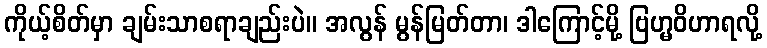
ကိုယ့်စိတ်မှာ ချမ်းသာစရာချည်းပဲ။ အလွန် မွန်မြတ်တာ၊ ဒါကြောင့်မို့ ဗြဟ္မဝိဟာရလို့